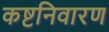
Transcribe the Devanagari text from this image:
कष्टनिवारण